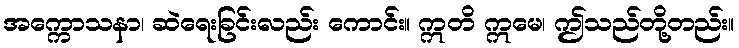
အက္ကောသနာ၊ ဆဲရေးခြင်းလည်း ကောင်း။ ဣတိ ဣမေ၊ ဤသည်တို့တည်း။